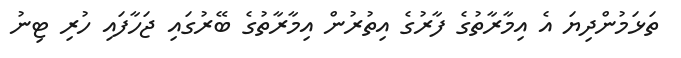
ތަޅަމުންދިޔަ އެ އިމާރާތުގެ ފާރުގެ އިތުރުން އިމާރާތުގެ ބޭރުގައި ޖަހާފައި ހުރި ޓިނު